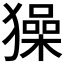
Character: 𤢖